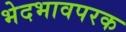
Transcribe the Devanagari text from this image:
भेदभावपरक